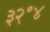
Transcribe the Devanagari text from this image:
३२॰४